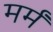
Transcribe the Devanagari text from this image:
मर्मं